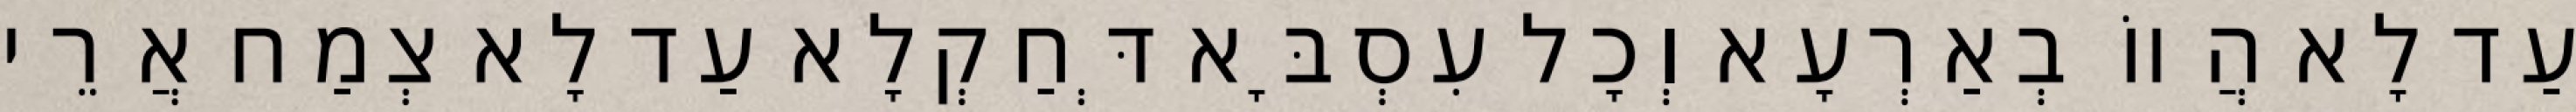
עַד לָא הֲווֹ בְאַרְעָא וְכָל עִסְבָּא דְּחַקְלָא עַד לָא צְמַח אֲרֵי